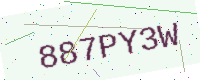
Text: 887PY3W